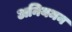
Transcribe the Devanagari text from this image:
अनियमन